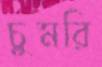
চুমরি